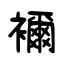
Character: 襧